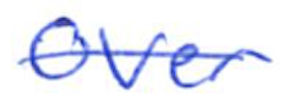
Text: over
Cross-out: single-line
Writing tool: ballpoint